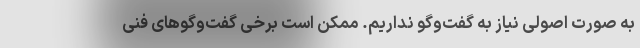
به صورت اصولی نیاز به گفت‌وگو نداریم. ممکن است برخی گفت‌وگوهای فنی